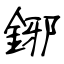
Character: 鋣